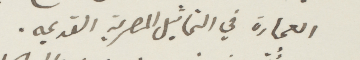
العمارة في التماثيل المصرية القديمة.